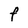
Character: F